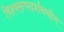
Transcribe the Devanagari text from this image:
विश्वरुपदर्शनयोग